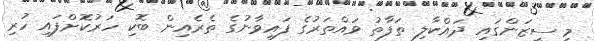
މި ސީޒަންގައި ދައްކާލި ތަފާތު ވައްތަރުގެ ފައިވާނުގެ ތެރެއިން ބޮކި ހަރުކޮށްްފައި ހުރި